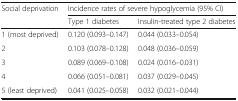
<table><thead><tr><td rowspan="2"><b>Social deprivation</b></td><td colspan="2"><b>Incidence rates of severe hypoglycemia (95% CI)</b></td></tr><tr><td><b>Type 1 diabetes</b></td><td><b>Insulin-treated type 2 diabetes</b></td></tr></thead><tbody><tr><td>1 (most deprived)</td><td>0.120 (0.093–0.147)</td><td>0.044 (0.033–0.054)</td></tr><tr><td>2</td><td>0.103 (0.078–0.128)</td><td>0.048 (0.036–0.059)</td></tr><tr><td>3</td><td>0.089 (0.069–0.108)</td><td>0.024 (0.016–0.031)</td></tr><tr><td>4</td><td>0.066 (0.051–0.081)</td><td>0.037 (0.029–0.045)</td></tr><tr><td>5 (least deprived)</td><td>0.041 (0.025–0.058)</td><td>0.032 (0.021–0.044)</td></tr></tbody></table>